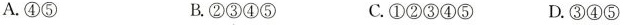
A.④⑤ B.②③④⑤ C.①②③④⑤ D.③④⑤